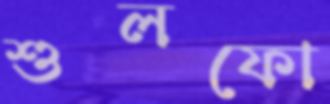
শুলফো